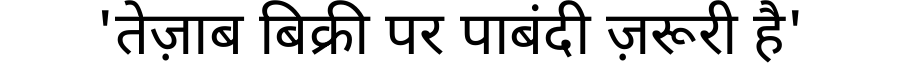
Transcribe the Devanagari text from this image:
'तेज़ाब बिक्री पर पाबंदी ज़रूरी है'